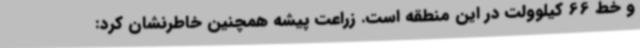
و خط 66 کیلوولت در این منطقه است. زراعت پیشه همچنین خاطرنشان کرد: